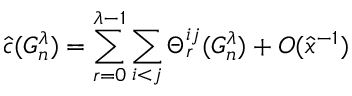
\hat { c } ( G _ { n } ^ { \lambda } ) = \sum _ { r = 0 } ^ { \lambda - 1 } \sum _ { i < j } \Theta _ { r } ^ { i j } ( G _ { n } ^ { \lambda } ) + O ( \hat { x } ^ { - 1 } )